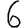
Digit: 6